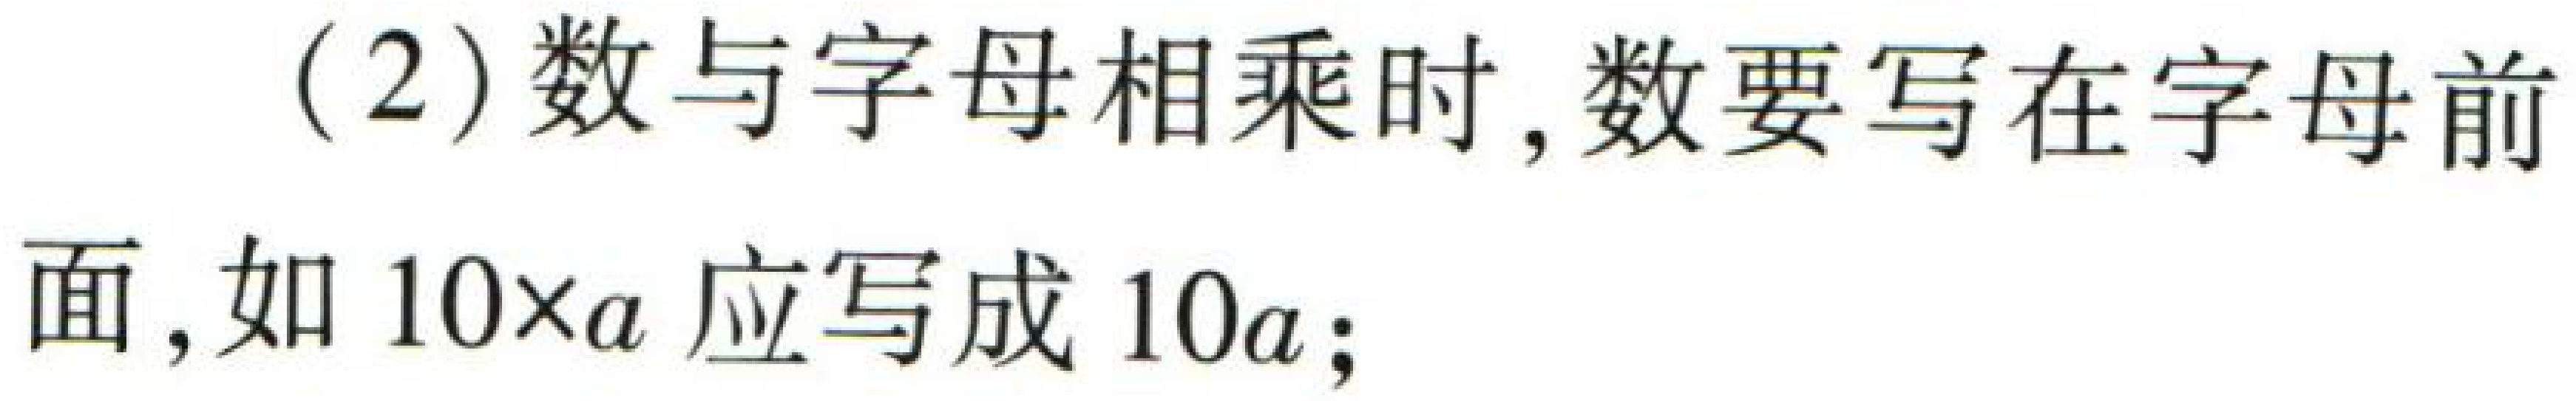
(2)数与字母相乘时,数要写在字母前面,如 \(10\times a\) 应写成 \(10a\);